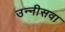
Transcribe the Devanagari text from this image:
उन्नीसवा